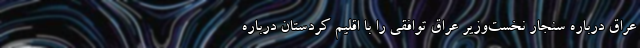
عراق درباره سنجار نخست‌وزیر عراق توافقی را با اقلیم کردستان درباره